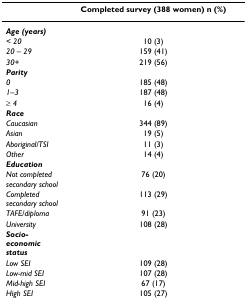
|  | Completed survey (388 women) n (%) |
 | --- | --- |
 | Age (years) |  |
 | < 20 | 10 (3) |
 | 20 – 29 | 159 (41) |
 | 30+ | 219 (56) |
 | Parity |  |
 | 0 | 185 (48) |
 | 1–3 | 187 (48) |
 | ≥ 4 | 16 (4) |
 | Race |  |
 | Caucasian | 344 (89) |
 | Asian | 19 (5) |
 | Aboriginal/TSI | 11 (3) |
 | Other | 14 (4) |
 | Education |  |
 | Not completed secondary school | 76 (20) |
 | Completed secondary school | 113 (29) |
 | TAFE/diploma | 91 (23) |
 | University | 108 (28) |
 | Socio-economic status |  |
 | Low SEI | 109 (28) |
 | Low-mid SEI | 107 (28) |
 | Mid-high SEI | 67 (17) |
 | High SEI | 105 (27) |